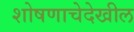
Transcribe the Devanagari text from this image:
शोषणाचेदेखील